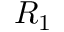
R _ { 1 }